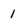
Character: 1